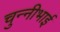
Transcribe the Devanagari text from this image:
चुन्नीभाई